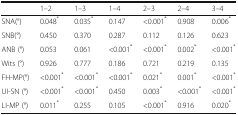
<table><thead><tr><td></td><td><b>1–2</b></td><td><b>1–3</b></td><td><b>1–4</b></td><td><b>2–3</b></td><td><b>2–4</b></td><td><b>3–4</b></td></tr></thead><tbody><tr><td>SNA(°)</td><td>0.048<sup>*</sup></td><td>0.035<sup>*</sup></td><td>0.147</td><td>&lt;0.001<sup>*</sup></td><td>0.908</td><td>0.006<sup>*</sup></td></tr><tr><td>SNB(°)</td><td>0.450</td><td>0.370</td><td>0.287</td><td>0.112</td><td>0.126</td><td>0.623</td></tr><tr><td>ANB (°)</td><td>0.053</td><td>0.061</td><td>&lt;0.001<sup>*</sup></td><td>&lt;0.001<sup>*</sup></td><td>0.002<sup>*</sup></td><td>&lt;0.001<sup>*</sup></td></tr><tr><td>Wits (°)</td><td>0.926</td><td>0.777</td><td>0.186</td><td>0.721</td><td>0.219</td><td>0.135</td></tr><tr><td>FH-MP(°)</td><td>&lt;0.001<sup>*</sup></td><td>&lt;0.001<sup>*</sup></td><td>&lt;0.001<sup>*</sup></td><td>0.021<sup>*</sup></td><td>0.001<sup>*</sup></td><td>&lt;0.001<sup>*</sup></td></tr><tr><td>UI-SN (°)</td><td>&lt;0.001<sup>*</sup></td><td>&lt;0.001<sup>*</sup></td><td>0.450</td><td>0.003<sup>*</sup></td><td>&lt;0.001<sup>*</sup></td><td>&lt;0.001<sup>*</sup></td></tr><tr><td>LI-MP (°)</td><td>0.011<sup>*</sup></td><td>0.255</td><td>0.105</td><td>&lt;0.001<sup>*</sup></td><td>0.916</td><td>0.020<sup>*</sup></td></tr></tbody></table>